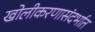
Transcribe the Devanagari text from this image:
खोलीकरणासंदर्भात